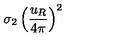
\sigma _ { 2 } \left( \frac { u _ { R } } { 4 \pi } \right) ^ { 2 }